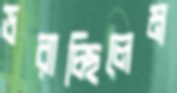
ডরাচ্ছিলেম